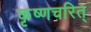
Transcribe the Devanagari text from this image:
कृष्णचरित्